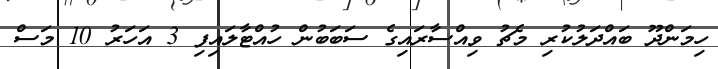
ހިމަންދޫ ބައްދަލުކުރި މެޗު ވިއްސާރައިގެ ސަބަބުން ހުއްޓާލައިފި 3 އަހަރު 10 މަސް